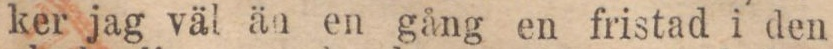
ker jag väl än en gång en fristad i den